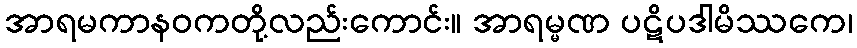
အာရမကာနဝကတို့လည်းကောင်း။ အာရမ္မဏ ပဋိပဒါမိဿကေ၊